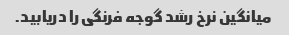
میانگین نرخ رشد گوجه فرنگی را دریابید.